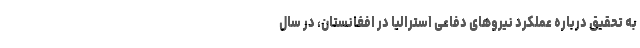
به تحقیق درباره عملکرد نیروهای دفاعی استرالیا در افغانستان، در سال